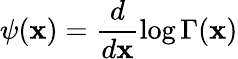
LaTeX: \psi(\mathbf{x})=\frac{{d}}{{d\mathbf{x}}}\log\Gamma(\mathbf{x})